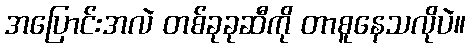
အပြောင်းအလဲ တစ်ခုခုဆီကို တာစူနေသလိုပဲ။